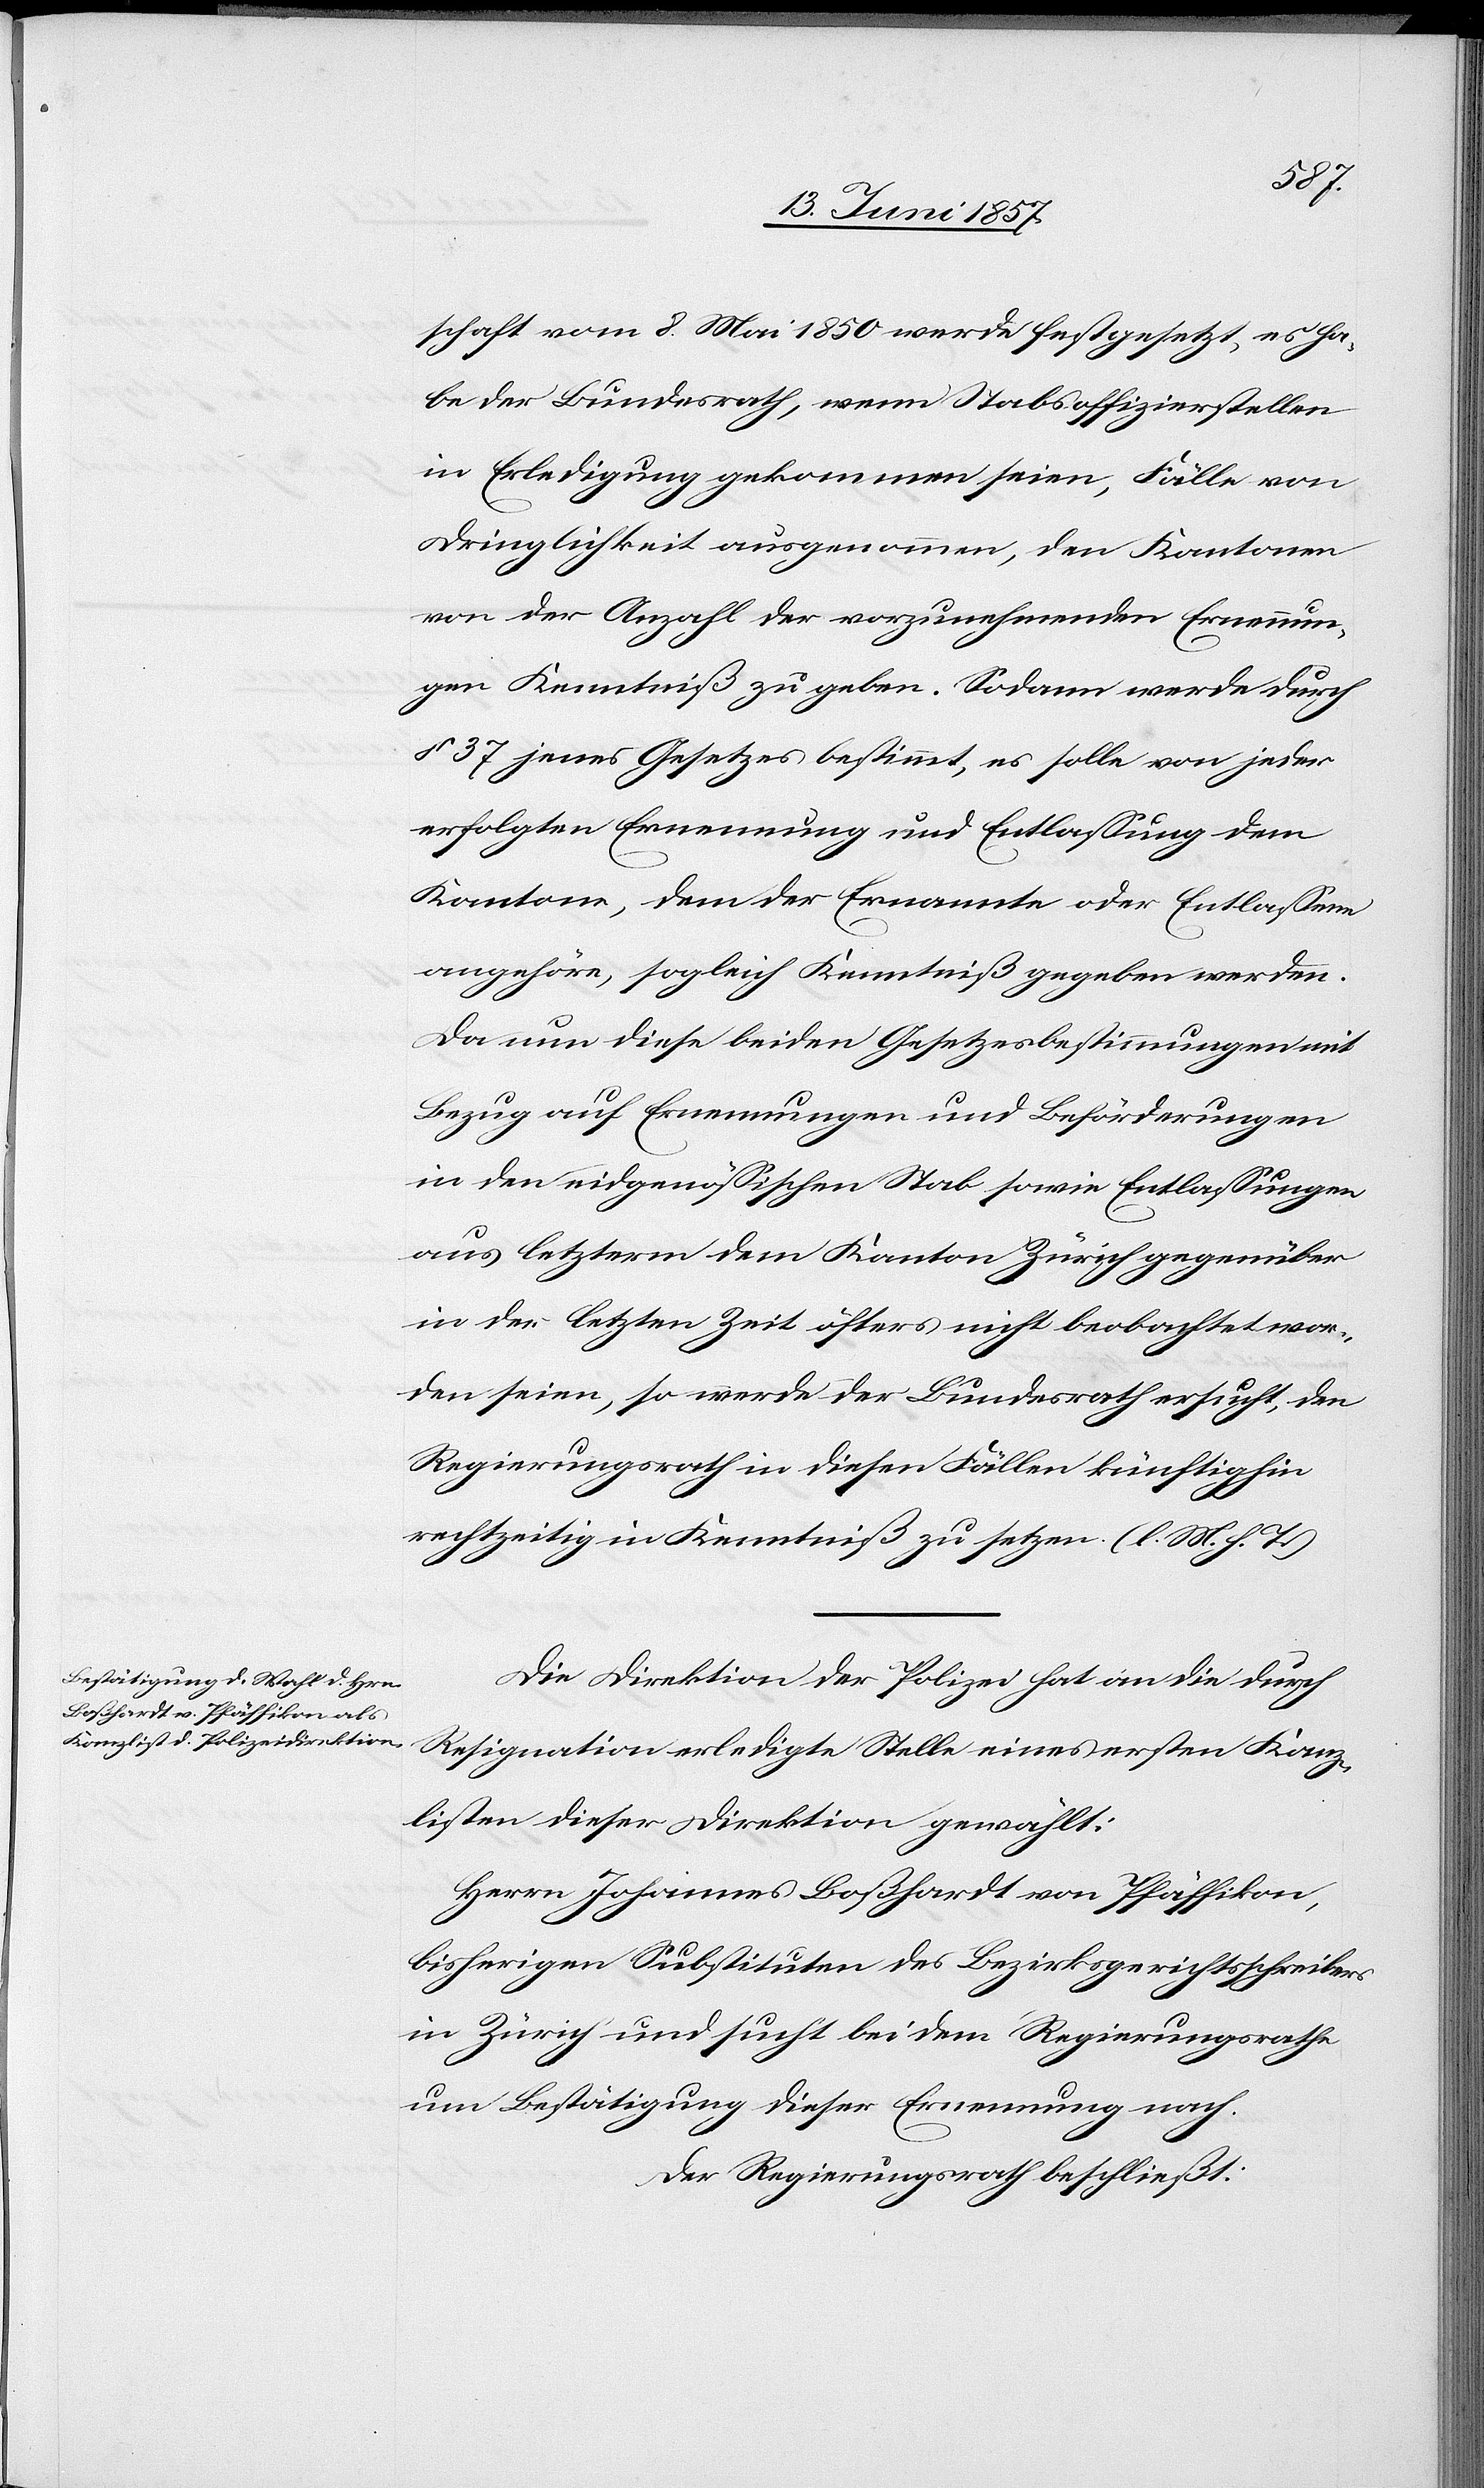
schaft vom 8 Mai 1850 werde festgesetzt, es ha¬
be der Bundesrath, wenn Stabsoffizierstellen
in Erledigung gekommen seien, Fälle von
Dringlichkeit ausgenommen, den Kantonen
von der Anzahl der vorzunehmenden Ernennun¬
gen Kenntniß zu geben. Sodann werde durch
§ 37 jenes Gesetz bestimmt, es solle von jeder
erfolgten Ernennung und Entlassung dem
Kantone, dem der Ernannte oder Entlassene
angehöre, sogleich Kenntniß gegeben werden.
Da nun diese beiden Gesetzesbestimmungen mit
Bezug auf Ernennungen und Beförderungen
aus letzterm dem Kanton Zürich gegenüber
in der letzten Zeit öfters nicht beobachtet wor¬
den seien, so werde der Bundesrath ersucht, den
Regierungsrath in diesen Fällen künftighin
rechtzeitig in Kenntniß zu setzen. [l. M. h. T]
Die Direktion der Polizei hat an die durch
Resignation erledigte Stelle eines ersten Kanz¬
listen dieser Direktion gewählt:
Herrn Johannes Boßhardt von Pfäffikon,
bisherigen Substituten des Bezirksgerichtsschreibers
in Zürich und sucht bei dem Regierungsrathe
um Bestätigung dieser Ernennung nach.
Der Regierungsrath beschließt: